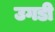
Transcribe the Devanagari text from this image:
उगडी